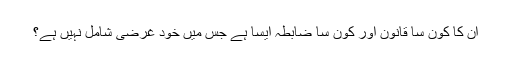
ان کا کون سا قانون اور کون سا ضابطہ ایسا ہے جس میں خود غرضی شامل نہیں ہے؟